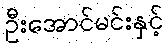
ဦးအောင်မင်းနှင့်